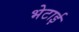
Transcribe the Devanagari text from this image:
भेटाई